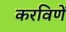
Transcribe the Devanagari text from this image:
करविणें